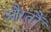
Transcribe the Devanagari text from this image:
औरतौं